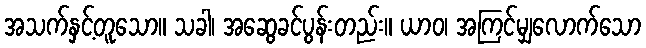
အသက်နှင့်တူသော။ သခါ၊ အဆွေခင်ပွန်းတည်း။ ယာဝ၊ အကြင်မျှလောက်သော